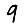
Digit: 9